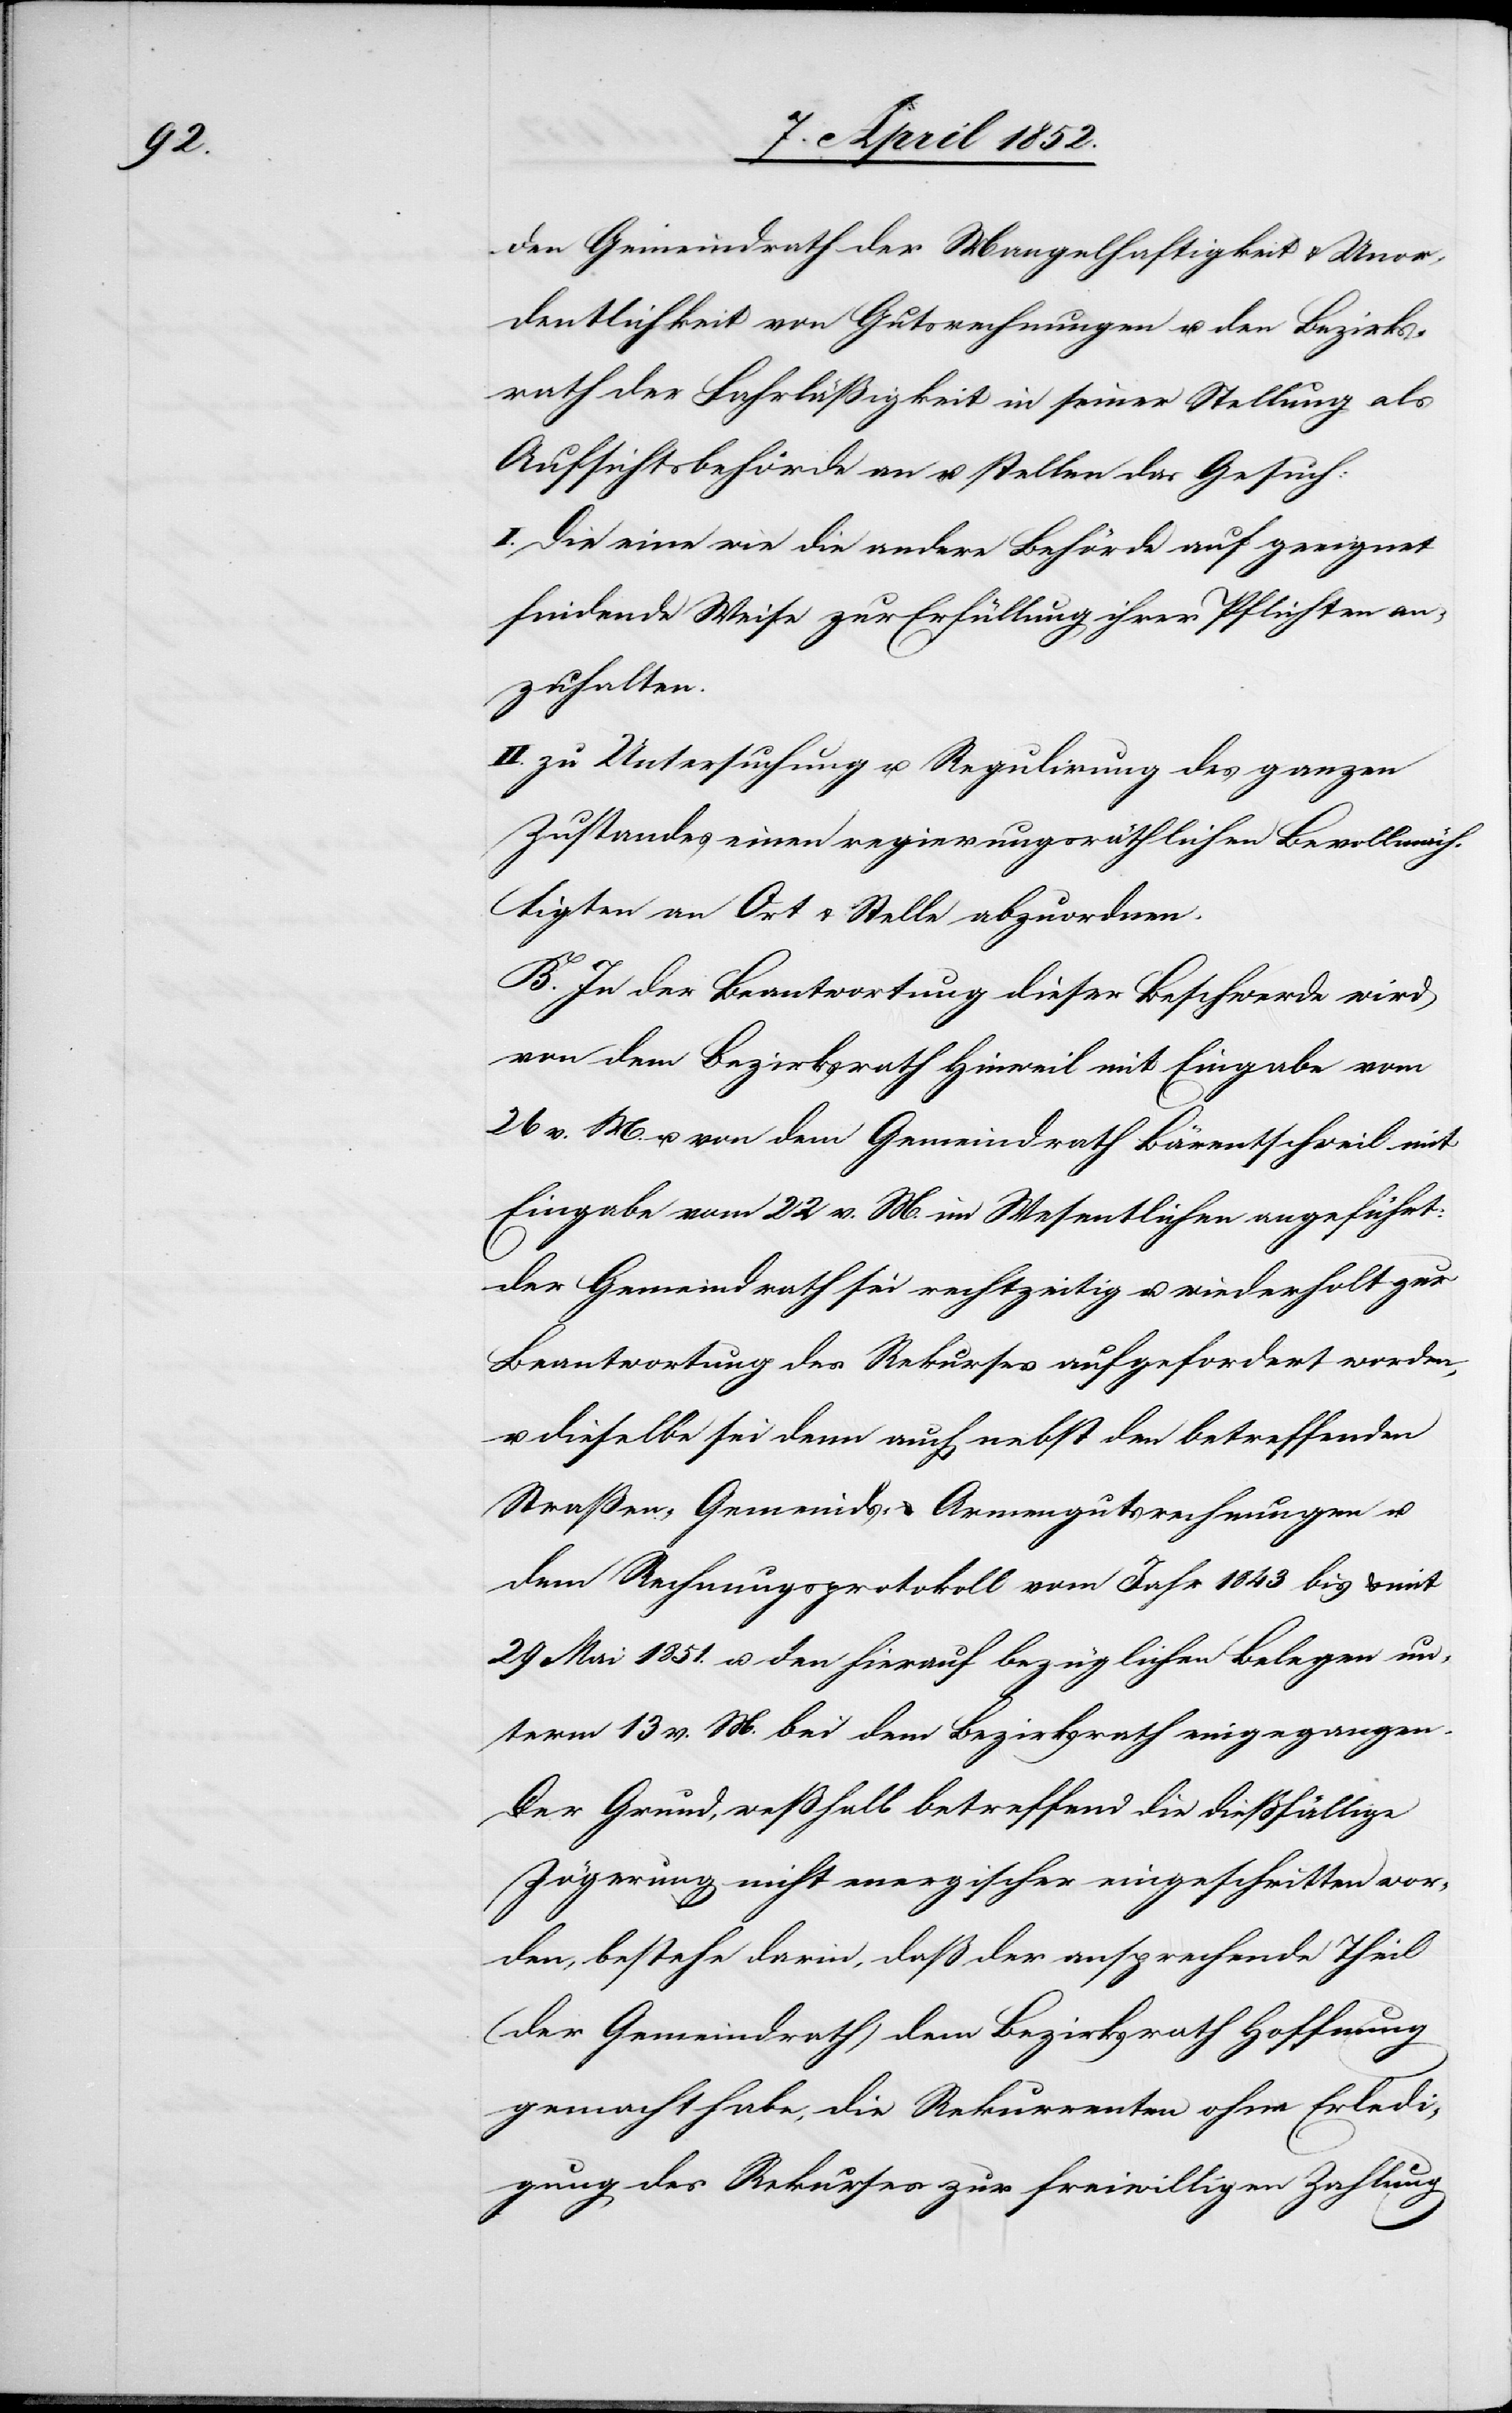
den Gemeindrath der Mangelhaftigkeit & Unor¬
dentlichkeit von Gutsrechnungen u. den Bezirks¬
rath der Fahrläßigkeit in seiner Stellung als
Aufsichtsbehörde an u. stellen das Gesuch:
I. Die eine wie die andere Behörde auf geeignet
findende Weise zur Erfüllung ihrer Pflichten an¬
zuhalten.
II. zu Untersuchung u. Regulirung des ganzen
Zustandes einen regierungsräthlichen Bevollmäch¬
tigten an Ort & Stelle abzuordnen.
B. In der Beantwortung dieser Beschwerde wird
von dem Bezirksrath Hinweil mit Eingabe vom
26 v. M. u. von dem Gemeindrath Bärentschweil mit
Eingabe vom 22 v. M. im Wesentlichen angeführt:
der Gemeindrath sei rechtzeitig u. wiederholt zur
Beantwortung des Rekurses aufgefordert worden,
u. dieselbe sei denn auch nebst den betreffenden
Straßen-[,] Gemeinds- & Armengutsrechnungen u.
dem Rechnungsprotokoll vom Jahr 1843 bis & mit
29 Mai 1851. u. den hierauf bezüglichen Belegen un¬
term 13 v. M. bei dem Bezirksrath eingegangen.
Der Grund, weßhalb betreffend die diessfällige
Zögerung nicht energischer eingeschritten wor¬
den, bestehe darin, daß der ansprechende Theil
(der Gemeindrath) dem Bezirksrath Hoffnung
gemacht habe, die Rekurrenten ohne Erledi¬
gung des Rekurses zur freiwilligen Zahlung